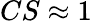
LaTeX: CS\approx 1